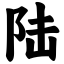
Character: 陆